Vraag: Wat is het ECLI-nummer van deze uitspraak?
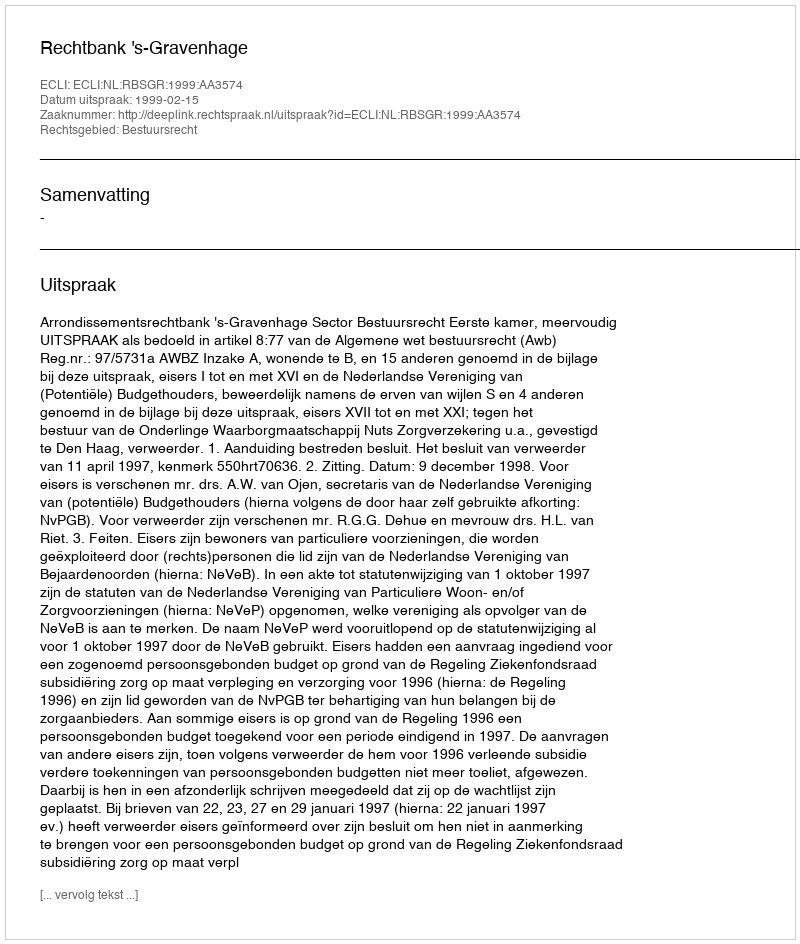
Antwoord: ECLI:NL:RBSGR:1999:AA3574